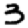
Digit: 3